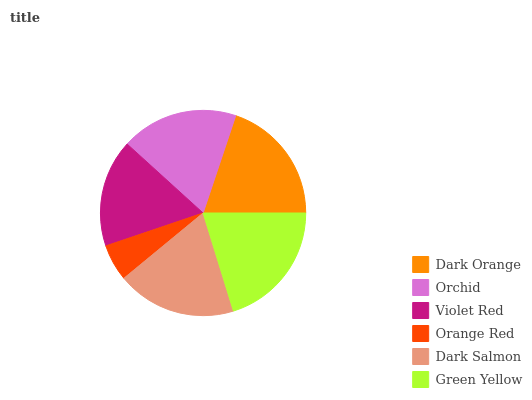
| Dark Orange | Orchid | Violet Red | Orange Red | Dark Salmon | Green Yellow |
 | --- | --- | --- | --- | --- | --- |
 | 19.9% | 18.5% | 16.9% | 5.78% | 18.8% | 20.2% |